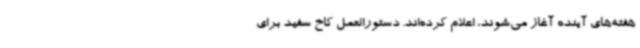
هفته‌های آینده آغاز می‌شوند، اعلام کرده‌اند. دستورالعمل کاخ سفید برای